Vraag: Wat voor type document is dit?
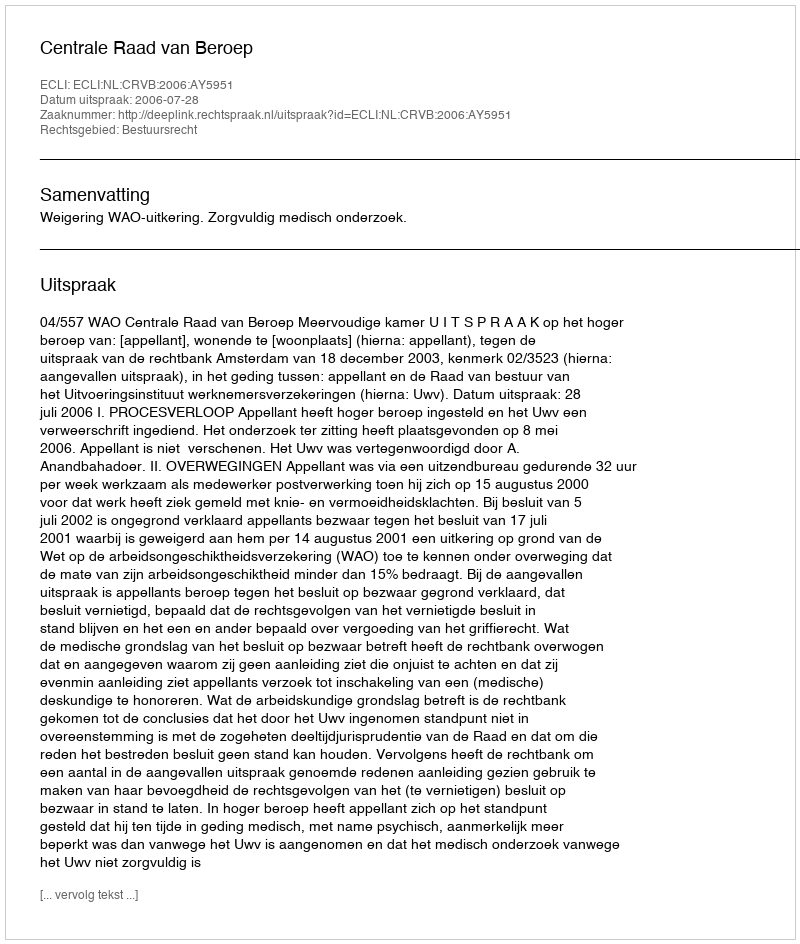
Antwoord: Uitspraak